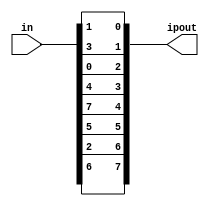
module ip(
input wire [0:7] in,
output wire [7:0] ipout
);

//index is -1 because it starts at 0
assign ipout = {in[1], in[5], in[2], in[0], in[3], in[7], in[4], in[6]};

endmodule

//Inverse IP
module ip_inv(
input wire [0:7] in,
output wire [7:0] out
);

//index is -1 because it starts at 0
assign out = {in[3], in[0], in[2], in[4], in[6], in[1], in[7], in[5]};

endmodule